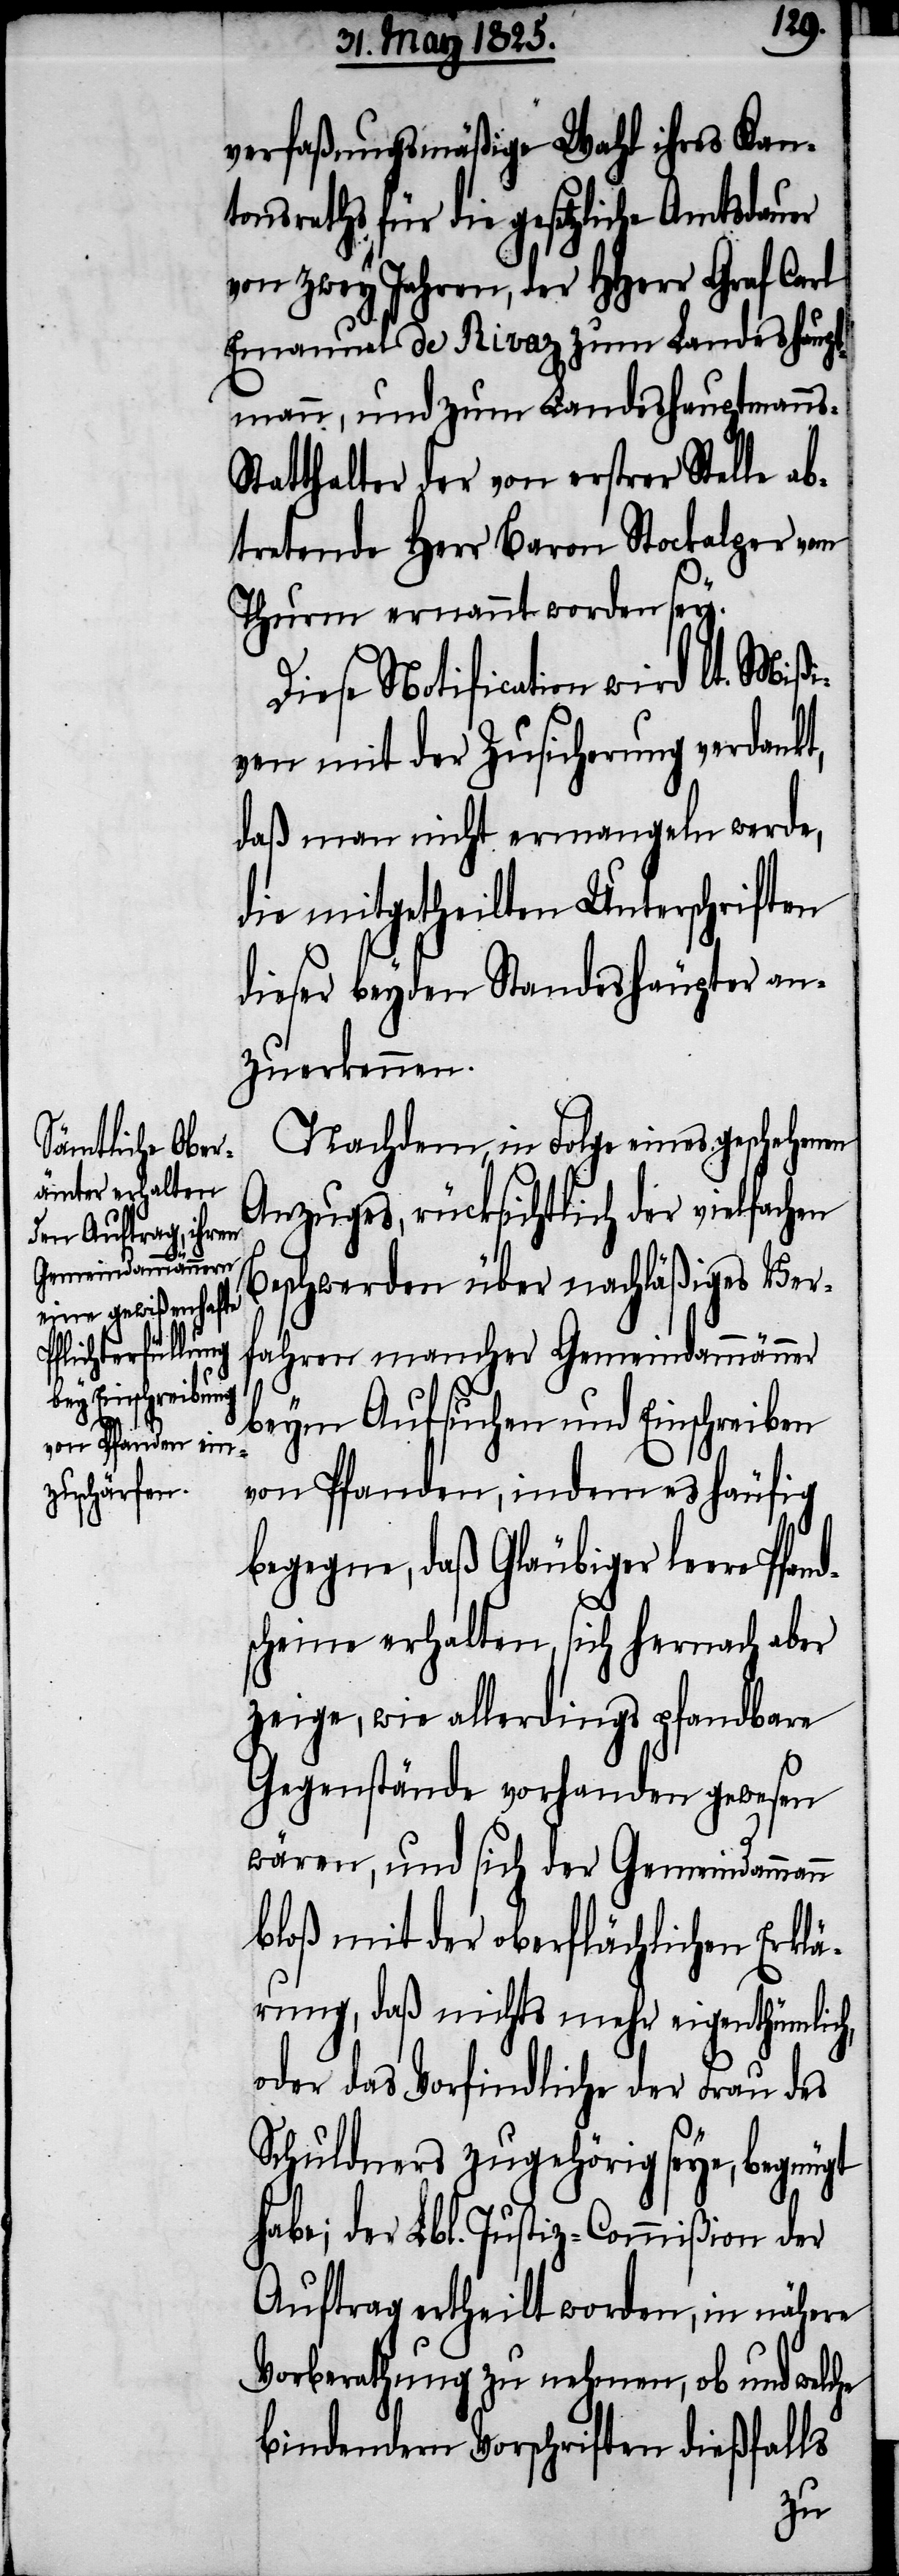
s-S¬

verfaßungsmäßige Wahl ihres Kan¬
tonsraths für die gesetzliche Amtsdauer
von zwey Jahren, der HHerr Graf Carl
Emanuel de Rivaz zum Landeshaupt¬
mann, und zum Landeshauptmann¬
tatthalter der von erstrer Stelle ab¬
tretende Herr Baron Stockalper von
Thurm ernannt worden sey.
Diese Notification wird lt. Mißi¬
ven mit der Zusicherung verdankt,
daß man nicht ermangeln werde,
die mitgetheilten Unterschriften
dieser beyden Standeshäupter an¬
zuerkennen.
Nachdem, in Folge eines geschehenen
Anzuges, rücksichtlich der vielfachen
Beschwerden über nachläßiges Ver¬
fahren mancher Gemeindammänner
beym Aufsuchen und Einschreiben
von Pfanden, indem es häufig
begegne, daß Gläubiger leere Pfa¬
nd¬
scheine erhalten sich hernach aber
zeige, wie allerdings pfandbare
Gegenstände vorhanden gewesen
wären, und sich der Gemeindammann
bloß mit der oberflächlichen Erklä¬
rung, daß nichts mehr eigenthümlich,
oder das Vorfindliche der Frau des
Schuldners zugehörig seye, begnügt
habe; der Lbl. Justiz-Commißion der
Auftrag ertheilt worden, in nähere
Vorberathung zu nehmen, ob und welche
bindenden Vorschriften dießfalls